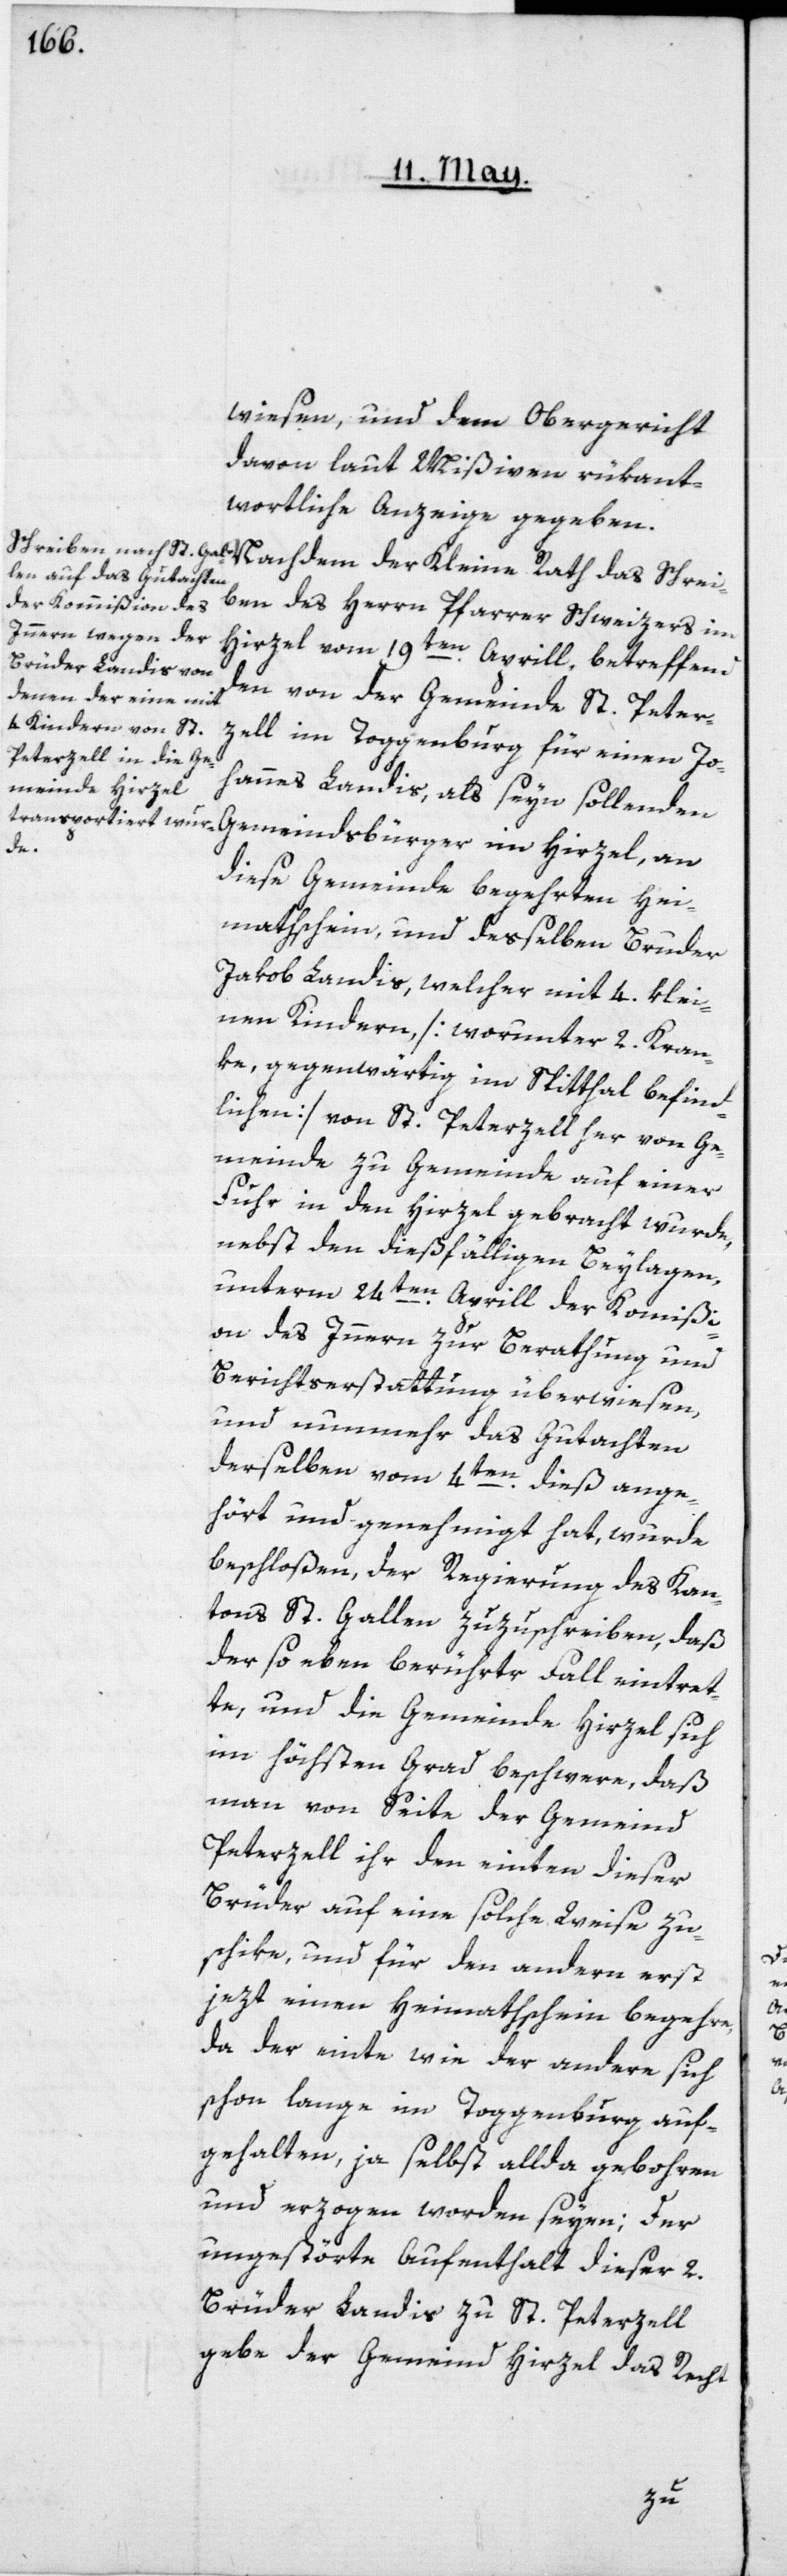
wiesen, und dem Obergericht
davon laut Mißiven rükant¬
wortliche Anzeige gegeben.
iben des Herrn Pfarrer Schweizers im
Hirzel vom 19ten Aprill, betreffend
den von der Gemeinde St. Peter¬
zell im Toggenburg für einen Jo¬
hannes Landis, als seyn sollenden
der
diese Gemeinde begehrten Hei¬
mathschein, und desselben Bruder
Jakob Landis, welcher mit 4. klei¬
nen Kindern [worunter 2 kran¬
ke, gegenwärtig im Spitthal befind¬
lichen] von St. Peterzell her von Ge¬
meinde zu Gemeinde auf einer
Fuhr in den Hirzel gebracht wurde,
nebst den dießfälligen Beylagen,
unterm 24ten Aprill der Kommißi¬
on des Innern zur Berathung und
Berichtserstattung überwiesen,
und nunmehr das Gutachten
derselben vom 4ten dieß ange¬
hört und genehmigt hat, wurde
beschloßen, der Regierung des Kan¬
tons St. Gallen zuzuschreiben, daß
der so eben berührte Fall eintret¬
te, und die Gemeinde Hirzel sich
im höchsten Grad beschwere, daß
man von Seite der Gemeind
Peterzell ihr den einten dieser
Brüder auf eine solche Weise zu¬
schike, und für den andern erst
jezt einen Heimathschein begehre,
da der einte wie der andere sich
schon lange im Toggenburg auf¬
gehalten, ja selbst allda gebohren
und erzogen worden seyen. Der
ungestörte Aufenthalt dieser 2.
Brüder Landis zu St. Peterzell
gebe der Gemeind Hirzel das Recht
Schre¬